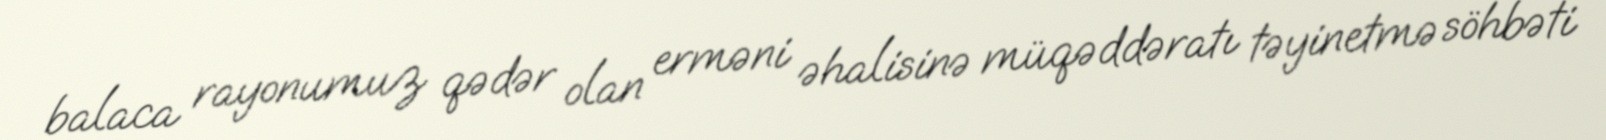
balaca rayonumuz qədər olan erməni əhalisinə müqəddəratı təyinetmə söhbəti